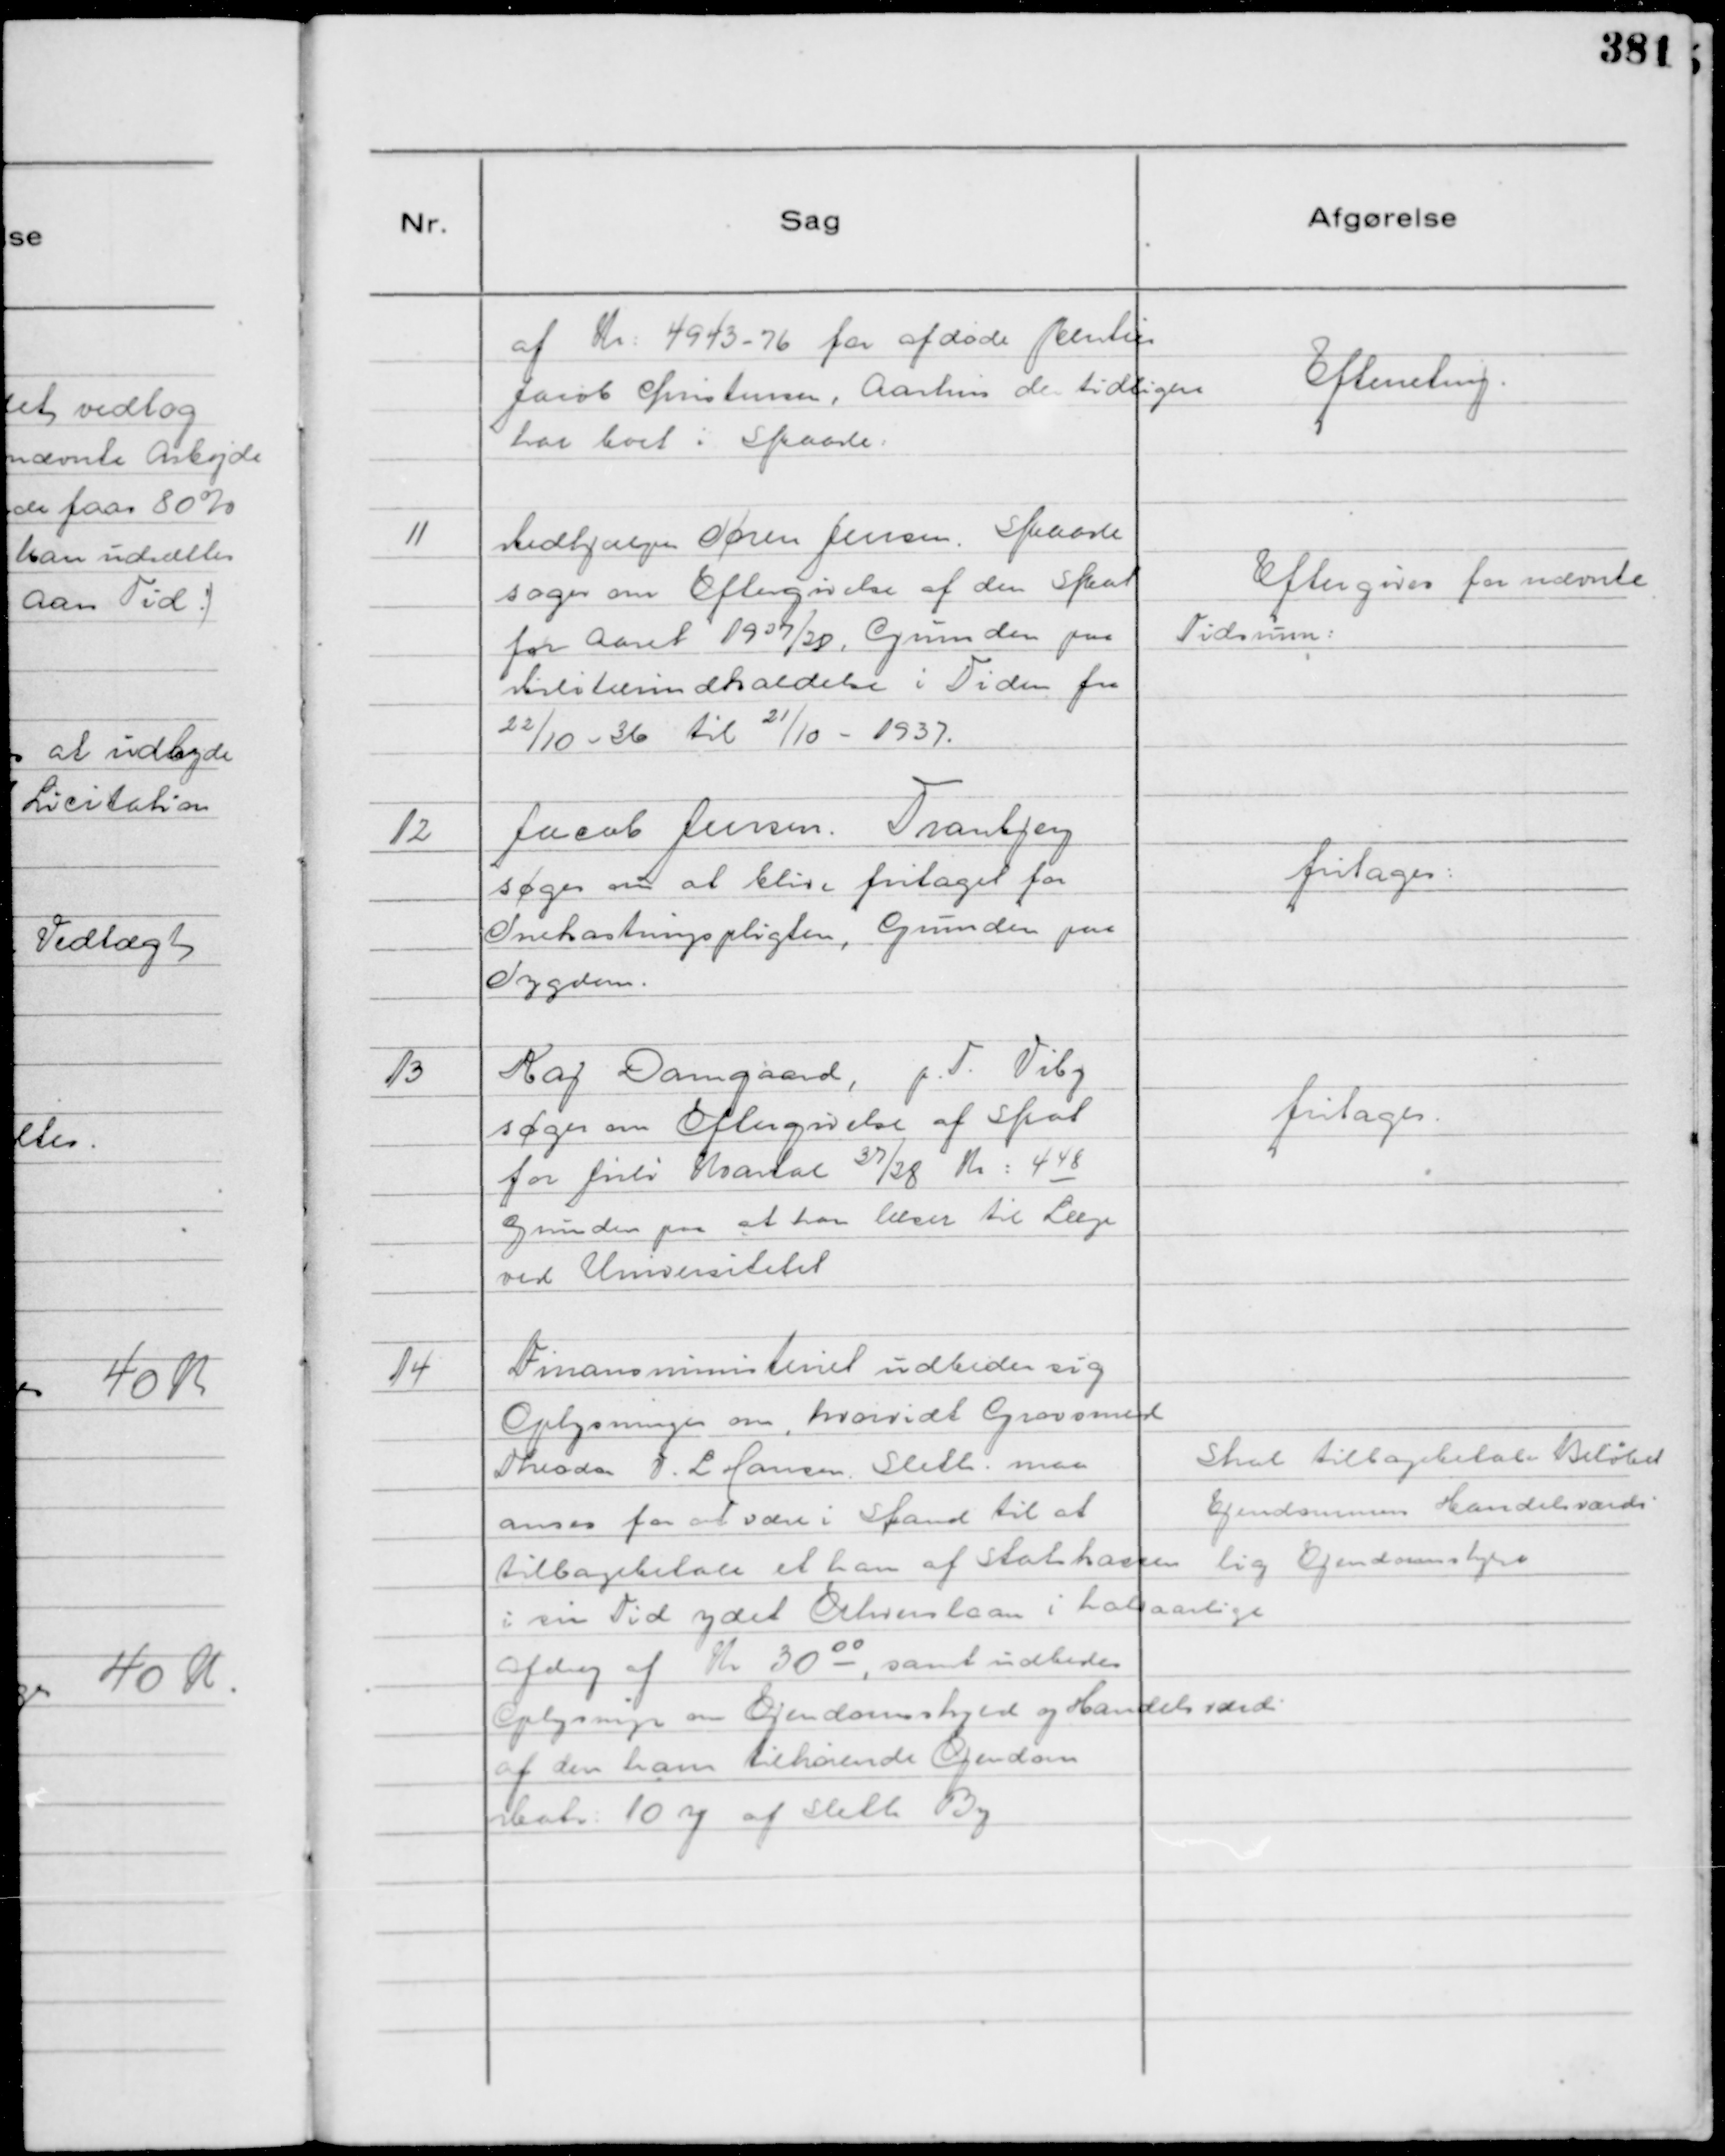
Transskription:
af Kr: 4943 - 76 fra afdøde Rentier
Jacob Christensen, Aarhus der tidligere
har boet i Skaade:

Efterretmg.

11
Medhjælper Søren Jensen, Skaade
søger om Eftergivelse af den Skat
for Aaret 1937/38, Grunden paa
Militærindkaldelse i Tiden fra

22/10 - 36 til

21/10 - 1937.

Eftergives for nævnte
Tidsrum:

12
Jacob Jensen. Tranbjerg
søger om at blive fritaget for
Snekastningspligten, Grunden paa
Sygdom.

fritages:

13
Kaj Damgaard, p. T. Viby
søger om Eftergivelse af Skat
for Juli Kvartal 37/38 Kr: 4-48
Grunden paa at han læser til Læge
ved Universitetet

fritages.

14
Finansministeriet udbeder sig
Oplysninger om, hvorvidt Grovsmed
Theodor V. L Hansen. Sleth. maa
anses for at være i Stand til at
tilbagebetale et ham af Statskassen
i sin Tid ydet Erhvervslaan i halvaarlige
Afdrag af Kr 30 00, samt udbedes
Oplysninger om Ejendomsskyld og Handelsværdi
af den ham tilhørende Ejendom
Matr: 10 y af Sleth By

Skal tilbagebetale Beløbet
Ejendommens Handelsværdi
lig Ejendomsskyld